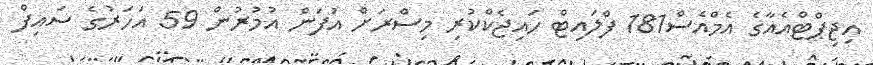
އިޖިޕްޓްއެއާގެ އެމްއެސް181 ފްލައިޓް ހައިޖެކްކުރި މިސްރަށް އުފަން އުމުރުން 59 އަހަރުގެ ސައިފް